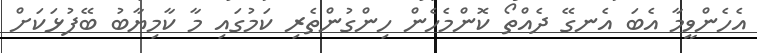
އެހެންވީމާ އެބަ އެނގޭ ދެއްތޯ ކޮންމެހެން ހިންގުންތެރި ކަމުގައި މާ ކާމިޔާބު ބޭފުޅަކަށް